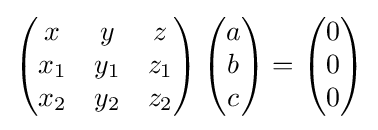
\left({\begin{matrix}x&y&z\\x_{1}&y_{1}&z_{1}\\x_{2}&y_{2}&z_{2}\end{matrix}}\right)\left({\begin{matrix}a\\b\\c\end{matrix}}\right)=\left({\begin{matrix}0\\0\\0\end{matrix}}\right)